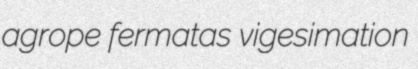
agrope fermatas vigesimation